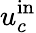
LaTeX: u_{c}^{\mathrm{in}}